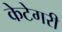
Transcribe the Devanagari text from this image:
केटेगरी